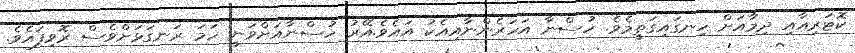
ކޮޓަރިއާއި ދިމާއަށް ހިނގައިގަތީމެވެ. ހުސްނާ އަހަރެންނާއިއެކު އައެވެ.އޭރު ހުސްނާއަށްވަނީ ހަމަ ރަނގަޅަށްވެސް ރޮވިފައެވެ.